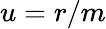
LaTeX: u=r/m